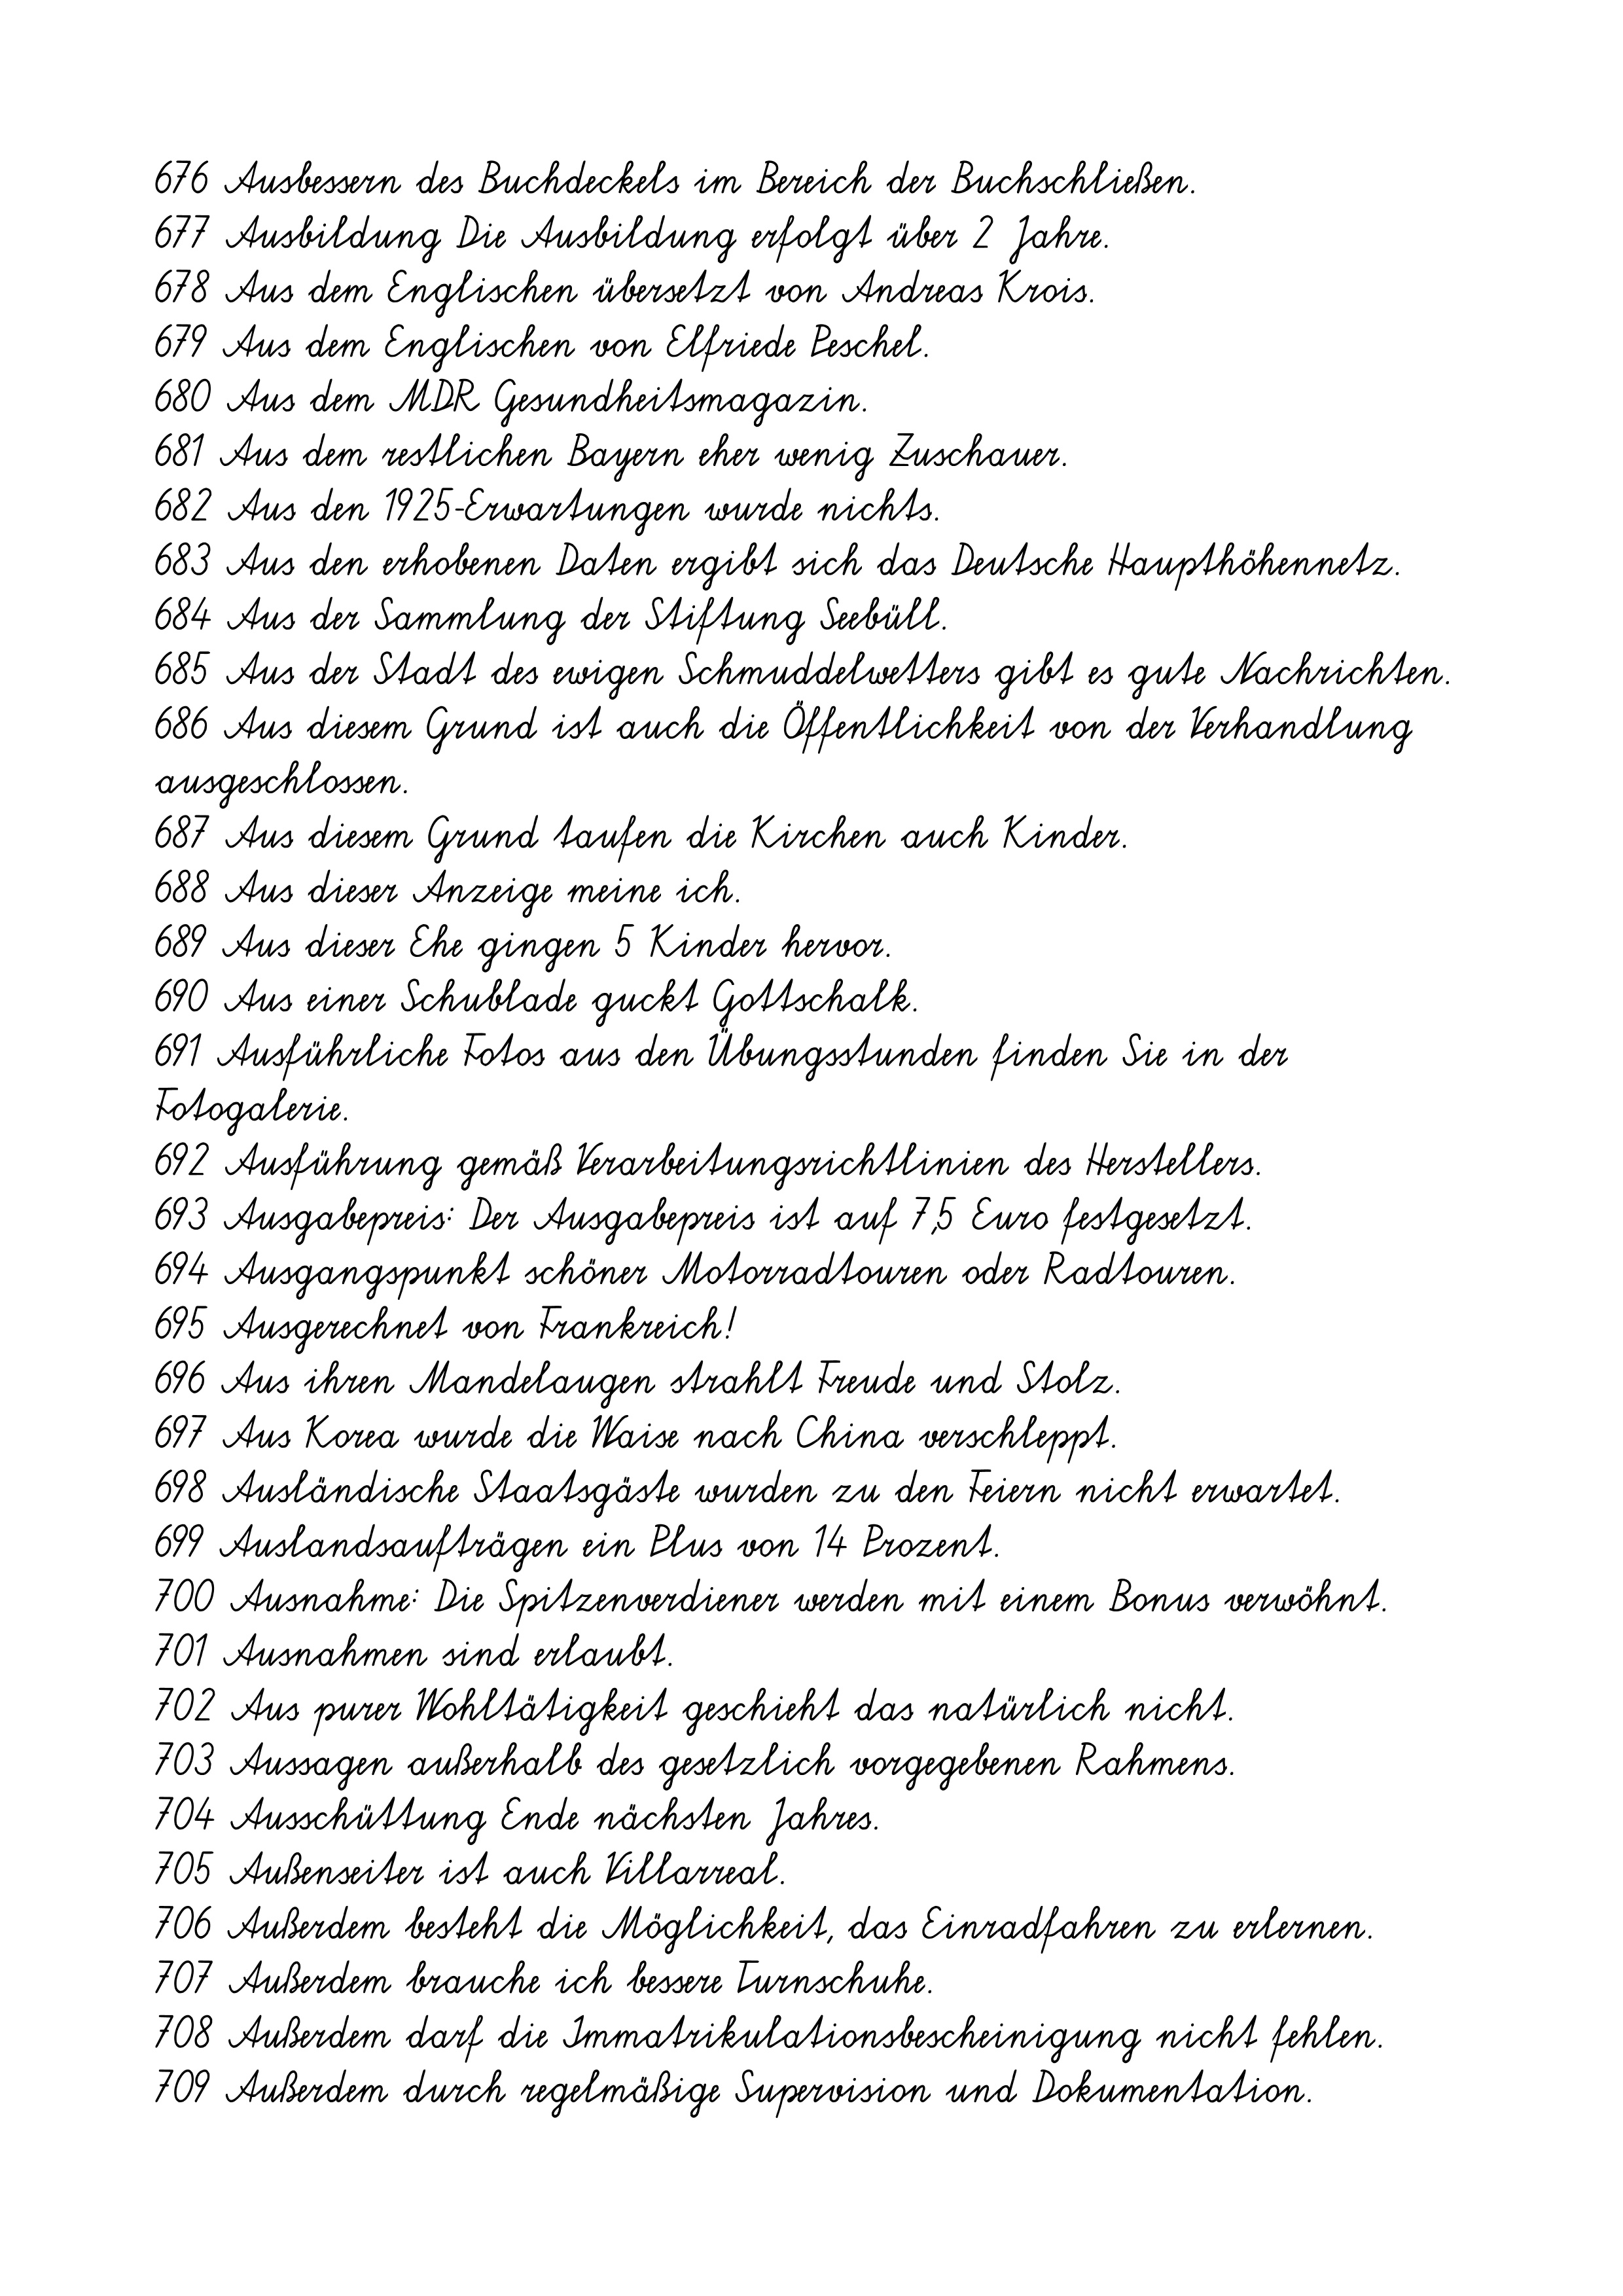
676 Ausbessern des Buchdeckels im Bereich der Buchschließen.
677 Ausbildung Die Ausbildung erfolgt über 2 Jahre.
678 Aus dem Englischen übersetzt von Andreas Krois.
679 Aus dem Englischen von Elfriede Peschel.
680 Aus dem MDR Gesundheitsmagazin.
681 Aus dem restlichen Bayern eher wenig Zuschauer.
682 Aus den 1925-Erwartungen wurde nichts.
683 Aus den erhobenen Daten ergibt sich das Deutsche Haupthöhennetz.
684 Aus der Sammlung der Stiftung Seebüll.
685 Aus der Stadt des ewigen Schmuddelwetters gibt es gute Nachrichten.
686 Aus diesem Grund ist auch die Öffentlichkeit von der Verhandlung
ausgeschlossen.
687 Aus diesem Grund taufen die Kirchen auch Kinder.
688 Aus dieser Anzeige meine ich.
689 Aus dieser Ehe gingen 5 Kinder hervor.
690 Aus einer Schublade guckt Gottschalk.
691 Ausführliche Fotos aus den Übungsstunden finden Sie in der
Fotogalerie.
692 Ausführung gemäß Verarbeitungsrichtlinien des Herstellers.
693 Ausgabepreis: Der Ausgabepreis ist auf 7,5 Euro festgesetzt.
694 Ausgangspunkt schöner Motorradtouren oder Radtouren.
695 Ausgerechnet von Frankreich!
696 Aus ihren Mandelaugen strahlt Freude und Stolz.
697 Aus Korea wurde die Waise nach China verschleppt.
698 Ausländische Staatsgäste wurden zu den Feiern nicht erwartet.
699 Auslandsaufträgen ein Plus von 14 Prozent.
700 Ausnahme: Die Spitzenverdiener werden mit einem Bonus verwöhnt.
701 Ausnahmen sind erlaubt.
702 Aus purer Wohltätigkeit geschieht das natürlich nicht.
703 Aussagen außerhalb des gesetzlich vorgegebenen Rahmens.
704 Ausschüttung Ende nächsten Jahres.
705 Außenseiter ist auch Villarreal.
706 Außerdem besteht die Möglichkeit, das Einradfahren zu erlernen.
707 Außerdem brauche ich bessere Turnschuhe.
708 Außerdem darf die Immatrikulationsbescheinigung nicht fehlen.
709 Außerdem durch regelmäßige Supervision und Dokumentation.